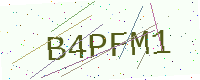
Text: B4PFM1